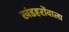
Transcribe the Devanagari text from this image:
खंडहरोंवाला